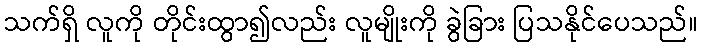
သက်ရှိ လူကို တိုင်းထွာ၍လည်း လူမျိုးကို ခွဲခြား ပြသနိုင်ပေသည်။